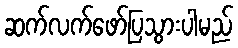
ဆက်လက်ဖော်ပြသွားပါမည်